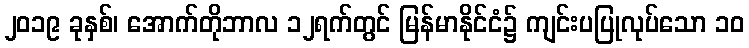
၂၀၁၉ ခုနှစ်၊ အောက်တိုဘာလ ၁၂ရက်တွင် မြန်မာနိုင်ငံ၌ ကျင်းပပြုလုပ်သော ၁၀